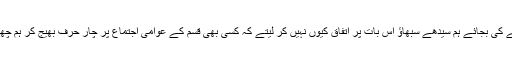
اتنی مشکل میں پڑنے کی بجائے ہم سیدھے سبھاؤ اس بات پر اتفاق کیوں نہیں کر لیتے کہ کسی بھی قسم کے عوامی اجتماع پر چار حرف بھیج کر ہم چھاؤں میں بیٹھیں گے۔